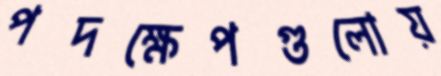
পদক্ষেপগুলোয়